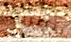
بنظرية